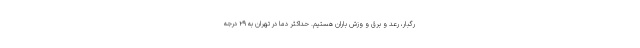
رگبار، رعد و برق و وزش باران هستیم. حداکثر دما در تهران به ۲۹ درجه